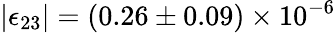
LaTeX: |\epsilon_{23}|=(0.26\pm 0.09)\times 10^{-6}